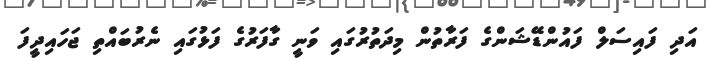
އަދި ފައިސަލް ފައުންޑޭޝަންގެ ފަރާތުން މިދަތުރުގައި ވަނީ ގާފަރުގެ ފަޅުގައި ނެރުބައްތި ޖަހައިދީފަ